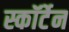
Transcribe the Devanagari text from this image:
स्कॉर्टेन